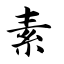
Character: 素